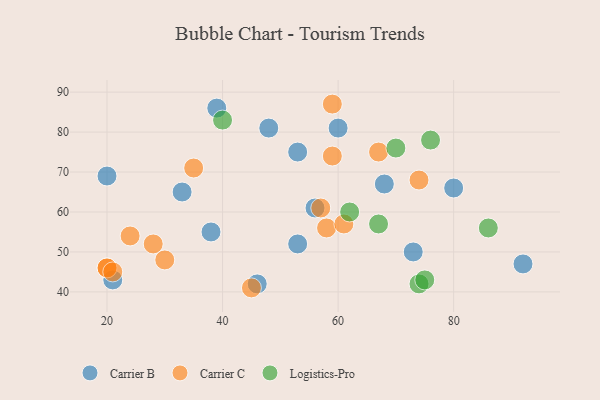
{"axis": {"x": "GDP", "y": "Life Expectancy"}, "legend": ["Carrier B", "Carrier C", "Logistics-Pro"], "data": [{"x": "60", "y": 81, "type": "Carrier B"}, {"x": "46", "y": 42, "type": "Carrier B"}, {"x": "73", "y": 50, "type": "Carrier B"}, {"x": "53", "y": 52, "type": "Carrier B"}, {"x": "92", "y": 47, "type": "Carrier B"}, {"x": "48", "y": 81, "type": "Carrier B"}, {"x": "21", "y": 43, "type": "Carrier B"}, {"x": "38", "y": 55, "type": "Carrier B"}, {"x": "56", "y": 61, "type": "Carrier B"}, {"x": "53", "y": 75, "type": "Carrier B"}, {"x": "80", "y": 66, "type": "Carrier B"}, {"x": "20", "y": 69, "type": "Carrier B"}, {"x": "39", "y": 86, "type": "Carrier B"}, {"x": "68", "y": 67, "type": "Carrier B"}, {"x": "33", "y": 65, "type": "Carrier B"}, {"x": "30", "y": 48, "type": "Carrier C"}, {"x": "24", "y": 54, "type": "Carrier C"}, {"x": "45", "y": 41, "type": "Carrier C"}, {"x": "58", "y": 56, "type": "Carrier C"}, {"x": "20", "y": 46, "type": "Carrier C"}, {"x": "28", "y": 52, "type": "Carrier C"}, {"x": "20", "y": 46, "type": "Carrier C"}, {"x": "67", "y": 75, "type": "Carrier C"}, {"x": "57", "y": 61, "type": "Carrier C"}, {"x": "74", "y": 68, "type": "Carrier C"}, {"x": "35", "y": 71, "type": "Carrier C"}, {"x": "59", "y": 87, "type": "Carrier C"}, {"x": "21", "y": 45, "type": "Carrier C"}, {"x": "61", "y": 57, "type": "Carrier C"}, {"x": "59", "y": 74, "type": "Carrier C"}, {"x": "76", "y": 78, "type": "Logistics-Pro"}, {"x": "62", "y": 60, "type": "Logistics-Pro"}, {"x": "40", "y": 83, "type": "Logistics-Pro"}, {"x": "67", "y": 57, "type": "Logistics-Pro"}, {"x": "86", "y": 56, "type": "Logistics-Pro"}, {"x": "70", "y": 76, "type": "Logistics-Pro"}, {"x": "74", "y": 42, "type": "Logistics-Pro"}, {"x": "75", "y": 43, "type": "Logistics-Pro"}]}